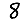
Digit: 8